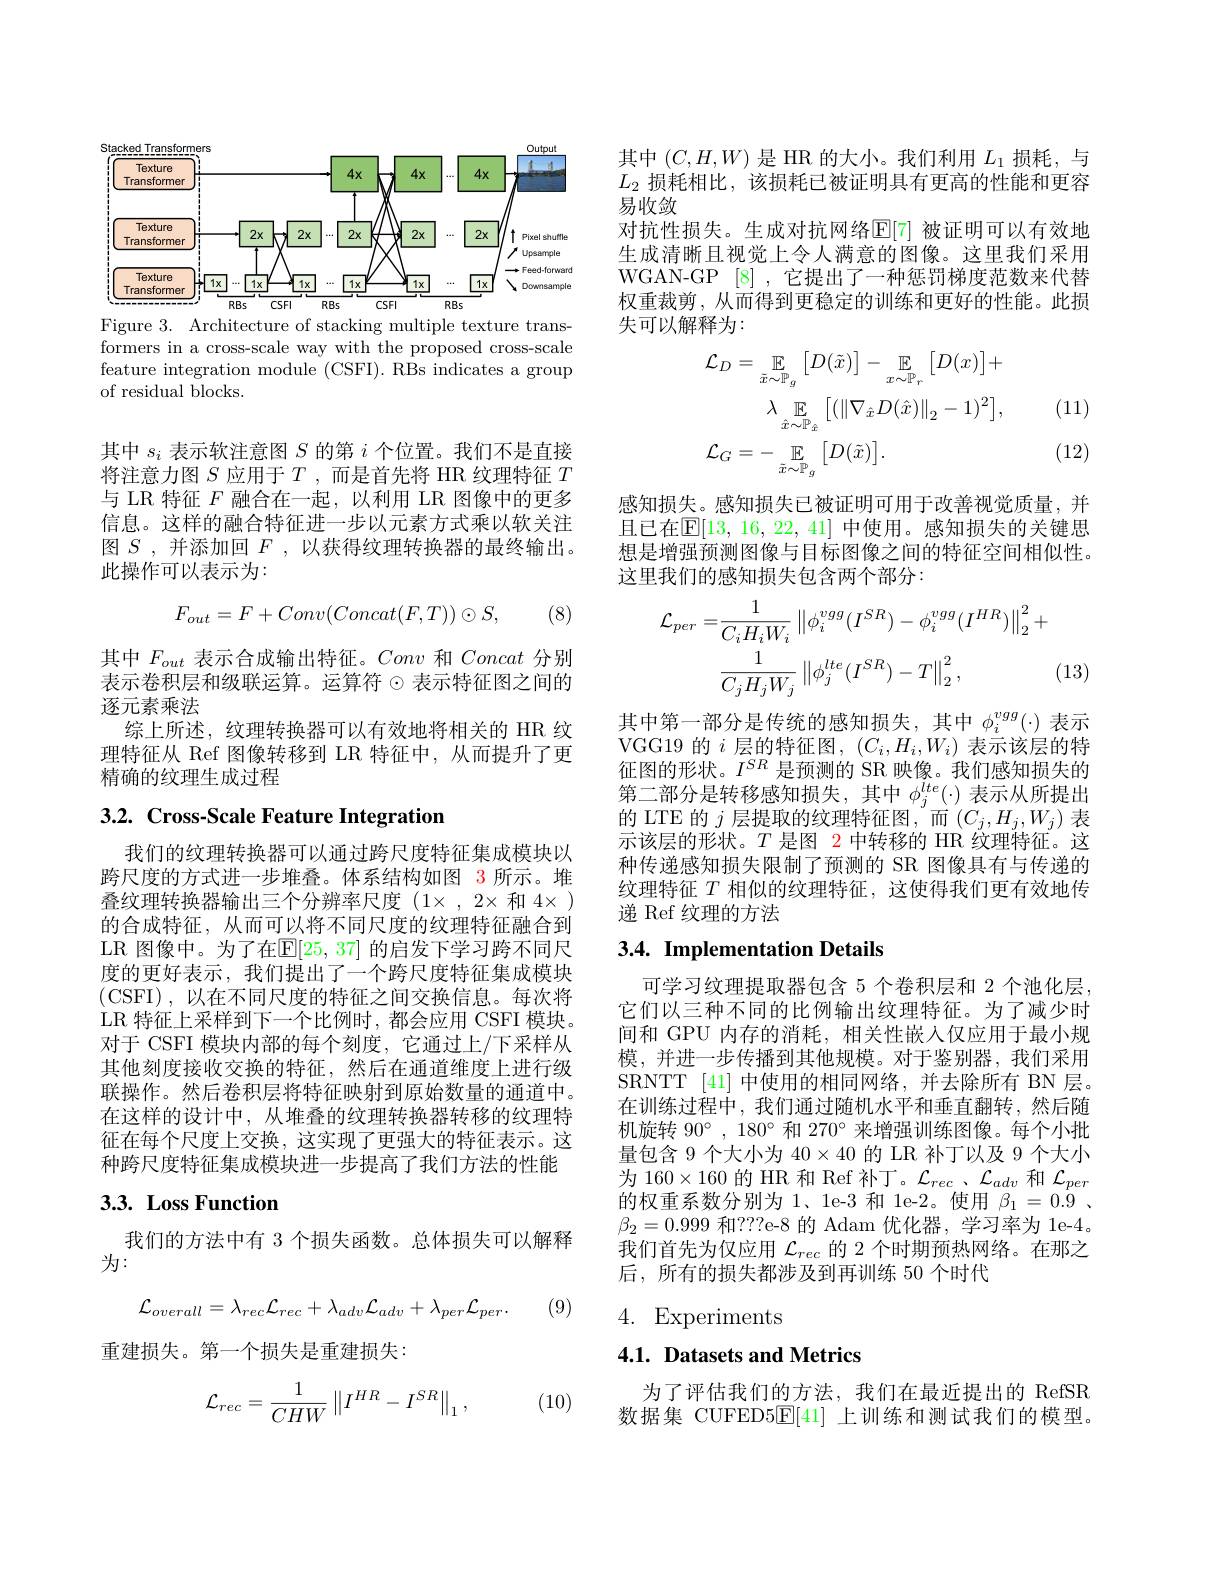
<FigureHere>

Figure 3. Architecture of stacking multiple texture trans-

formers in a cross-scale way with the proposed cross-scale feature integration module (CSFI).RBs indicates a group of residual blocks.

其中$s_i$表示软注意图$S$的第$i$个位置。我们不是直接将注意力图$S$应用于$T$ ,而是首先将 HR 纹理特征$T$ 与 LR 特征$F$融合在一起，以利用 LR 图像中的更多信息。这样的融合特征进一步以元素方式乘以软关注图$S$ ,并添加回$F$ ,以获得纹理转换器的最终输出。此操作可以表示为：
$$F_{out}=F+Conv(Concat(F,T))\odot S,$$
(8)

其中$F_{out}$表示合成输出特征。Conv和Concat分别表示卷积层和级联运算。运算符$\odot$表示特征图之间的逐元素乘法
综上所述，纹理转换器可以有效地将相关的 HR 纹理特征从 Ref 图像转移到 LR 特征中，从而提升了更精确的纹理生成过程

# 3.2. Cross-Scale Feature Integration

我们的纹理转换器可以通过跨尺度特征集成模块以跨尺度的方式进一步堆叠。体系结构如图 3 所示。堆叠纹理转换器输出三个分辨率尺度(1$\times,2\times 和4\times)$ 的合成特征，从而可以将不同尺度的纹理特征融合到LR 图像中。为了在$\mathbb{E}[25,37]$ 的启发下学习跨不同尺度的更好表示，我们提出了一个跨尺度特征集成模块(CSFI),以在不同尺度的特征之间交换信息。每次将LR 特征上采样到下一个比例时，都会应用 CSFI 模块。对于 CSFI 模块内部的每个刻度，它通过上/下采样从其他刻度接收交换的特征，然后在通道维度上进行级联操作。然后卷积层将特征映射到原始数量的通道中。在这样的设计中，从堆叠的纹理转换器转移的纹理特征在每个尺度上交换，这实现了更强大的特征表示。这种跨尺度特征集成模块进一步提高了我们方法的性能

# 3.3. Loss Function

我们的方法中有 3 个损失函数。总体损失可以解释
为：
$$\mathcal{L}_{overall}=\lambda_{rec}\mathcal{L}_{rec}+\lambda_{adv}\mathcal{L}_{adv}+\lambda_{per}\mathcal{L}_{per}.$$
(9)

重建损失。第一个损失是重建损失：

(10)
$$\mathcal{L}_{rec}=\frac{1}{CHW}\left\|I^{HR}-I^{SR}\right\|_{1},$$
其中$(C,H,W)$是 HR 的大小。我们利用$L_1$损耗，与$L_2$损耗相比，该损耗已被证明具有更高的性能和更容易收敛
对抗性损失。生成对抗网络$\mathbb{E}[7]$ 被证明可以有效地生成清晰且视觉上令人满意的图像。这里我们采用WGAN-GP [8],它提出了一种惩罚梯度范数来代替权重裁剪，从而得到更稳定的训练和更好的性能。此损失可以解释为：

(11)
$$\begin{aligned}&\mathcal{L}_{D}=\mathbb{E}_{\tilde{x}\sim\mathbb{P}_{g}}\big[D(\tilde{x})\big]-\mathbb{E}_{x\sim\mathbb{P}_{r}}\big[D(x)\big]+\\&\lambda\underset{\hat{x}\sim\mathbb{P}_{\hat{x}}}{\operatorname*{\mathbb{E}}}\big[(\|\nabla_{\hat{x}}D(\hat{x})\|_{2}-1)^{2}\big],\\&\mathcal{L}_{G}=-\underset{\tilde{x}\sim\mathbb{P}_{g}}{\operatorname*{\mathbb{E}}}\big[D(\tilde{x})\big].\end{aligned}$$
(12)

感知损失。感知损失已被证明可用于改善视觉质量，并且已在$\mathbb{E}[13,16,22,41]$ 中使用。感知损失的关键思想是增强预测图像与目标图像之间的特征空间相似性。这里我们的感知损失包含两个部分：
$$\begin{aligned}\mathcal{L}_{per}=&\frac{1}{C_{i}H_{i}W_{i}}\left\|\phi_{i}^{vgg}(I^{SR})-\phi_{i}^{vgg}(I^{HR})\right\|_{2}^{2}+\\&\frac{1}{C_{j}H_{j}W_{j}}\left\|\phi_{j}^{lte}(I^{SR})-T\right\|_{2}^{2},\end{aligned}$$
(13)

其中第一部分是传统的感知损失，其中$\phi_i^{vgg}(\cdot)$表示VGG19 的$i$层的特征图，$(C_i,H_i,W_i)$表示该层的特征图的形状。$I^{SR}$是预测的 SR 映像。我们感知损失的第二部分是转移感知损失，其中$\phi_j^{lte}(\cdot)$表示从所提出的 LTE 的$j$层提取的纹理特征图，“而$(C_j,H_j,W_j)$表示该层的形状。$T$是图 2 中转移的 HR 纹理特征。这种传递感知损失限制了预测的 SR 图像具有与传递的纹理特征$T$相似的纹理特征，这使得我们更有效地传递 Ref 纹理的方法

## 3.4. Implementation Details

可学习纹理提取器包含 5 个卷积层和 2 个池化层， 它们以三种不同的比例输出纹理特征。为了减少时间和 GPU 内存的消耗，相关性嵌人仅应用于最小规模，并进一步传播到其他规模。对于鉴别器，我们采用SRNTT [41] 中使用的相同网络，并去除所有 BN 层。在训练过程中，我们通过随机水平和垂直翻转，然后随机旋转 90°, 180° 和 270° 来增强训练图像。每个小批量包含 9 个大小为$40\times40$的 LR 补丁以及 9 个大小为 160$\times160$的 HR 和 Ref 补丁。$\mathcal{L}_rec$、$\mathcal{L}_adv$和$\mathcal{L}_per$ 的权重系数分别为1、1e-3 和 1e-2。使用$\beta _{1}= 0. \dot{9}$ . $\beta_2=0.999$和？??e-8 的 Adam 优化器，学习率为 1e-4。我们首先为仅应用$\mathcal{L}_rec$的 2 个时期预热网络。在那之后，所有的损失都涉及到再训练 50 个时代

4. Experiments

## 4.1. Datasets and Metrics

为了评估我们的方法，我们在最近提出的 RefSR 数据集 CUFED5$\underline{\mathrm{E}}[41]$上训练和测试我们的模型。